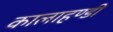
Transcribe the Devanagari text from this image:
कालाहण्डी